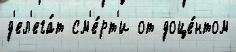
д'ел'ега́т см'е́рт'и от доце́нтом